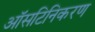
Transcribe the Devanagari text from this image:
ऑसटिनिकरण